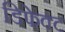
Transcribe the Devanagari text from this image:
डिफेक्‍ट